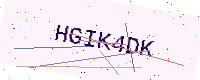
Text: HGIK4DK